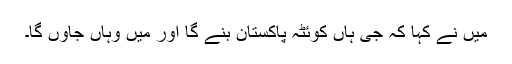
میں نے کہا کہ جی ہاں کوئٹہ پاکستان بنے گا اور میں وہاں جاوں گا۔